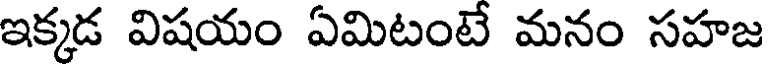
ఇక్కడ విషయం ఏమిటంటే మనం సహజ